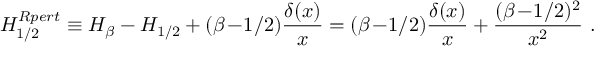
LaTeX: H _ { 1 / 2 } ^ { R p e r t } \equiv H _ { \beta } - H _ { 1 / 2 } + ( \beta \! - \! 1 / 2 ) { \frac { \delta ( x ) } { x } } = ( \beta \! - \! 1 / 2 ) { \frac { \delta ( x ) } { x } } + { \frac { ( \beta \! - \! 1 / 2 ) ^ { 2 } } { x ^ { 2 } } } ~ .